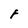
Character: F